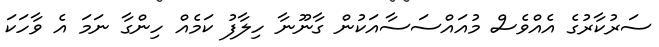
ސަރުކާރުގެ އެއްވެސް މުއައްސަސާއަކުން ގާނޫނާ ހިލާފު ކަމެއް ހިންގާ ނަމަ އެ ވާހަކަ